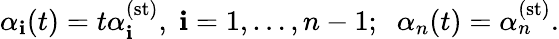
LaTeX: \alpha_{\mathbf{i}}(t)=t\alpha_{\mathbf{i}}^{(\mathrm{{st}})},\; \mathbf{i}=1,\ldots,n-1;\; \; \alpha_{n}(t)=\alpha_{n}^{(\mathrm{{st}})}.